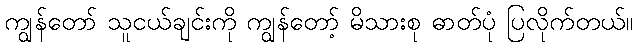
ကျွန်တော် သူငယ်ချင်းကို ကျွန်တော့် မိသားစု ဓာတ်ပုံ ပြလိုက်တယ်။